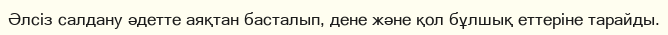
Әлсіз салдану әдетте аяқтан басталып, дене және қол бұлшық еттеріне тарайды.